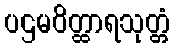
ပဌမဝိတ္ထာရသုတ္တံ